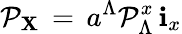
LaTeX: {\cal P}_{\mathbf X}\, =\, a^{\Lambda}{\cal P}_{\Lambda}^{x}\, {\mathbf i}_{x}